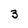
Character: 3